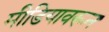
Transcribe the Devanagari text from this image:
मीडियावरून